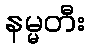
နမ္မတီး